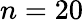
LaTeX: n=20